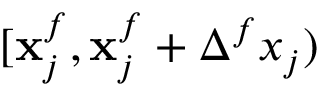
[ \mathbf { x } _ { j } ^ { f } , \mathbf { x } _ { j } ^ { f } + \Delta ^ { f } x _ { j } )